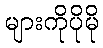
များကိုပိုမို